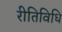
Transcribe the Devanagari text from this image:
रीतिविधि